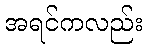
အရင်ကလည်း